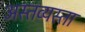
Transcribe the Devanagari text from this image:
अस्तव्यस्ता